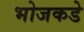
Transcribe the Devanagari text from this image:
भोजकडे